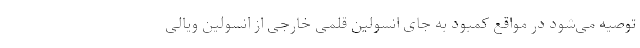
توصیه می‌شود در مواقع کمبود به جای انسولین قلمی خارجی از انسولین ویالی